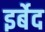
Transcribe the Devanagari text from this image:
इर्बेद